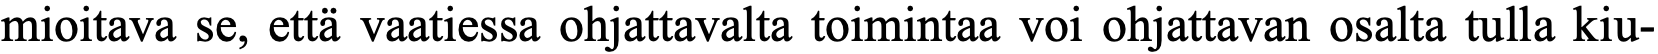
mioitava se, että vaatiessa ohjattavalta toimintaa voi ohjattavan osalta tulla kiu-